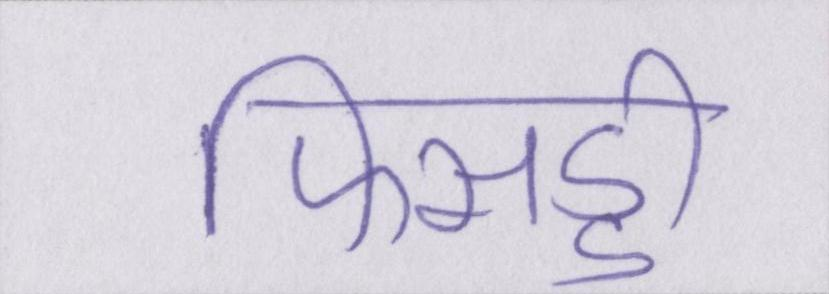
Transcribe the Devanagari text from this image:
फिसड्डी